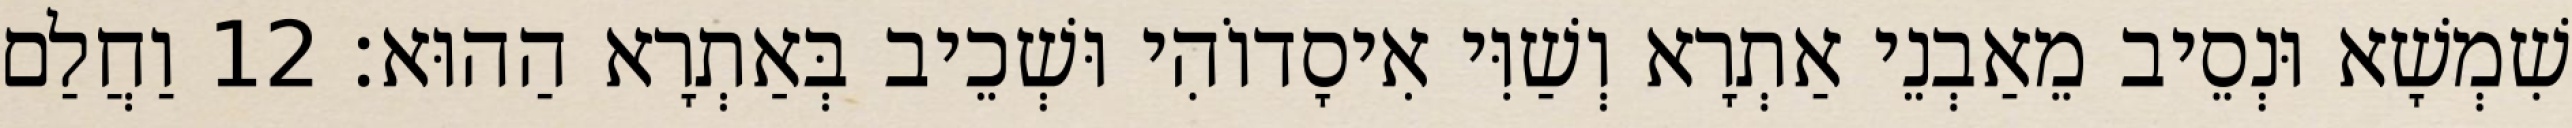
שִׁמְשָׁא וּנְסֵיב מֵאַבְנֵי אַתְרָא וְשַׁוִּי אִיסָדוֹהִי וּשְׁכֵיב בְּאַתְרָא הַהוּא׃ 12 וַחֲלַם